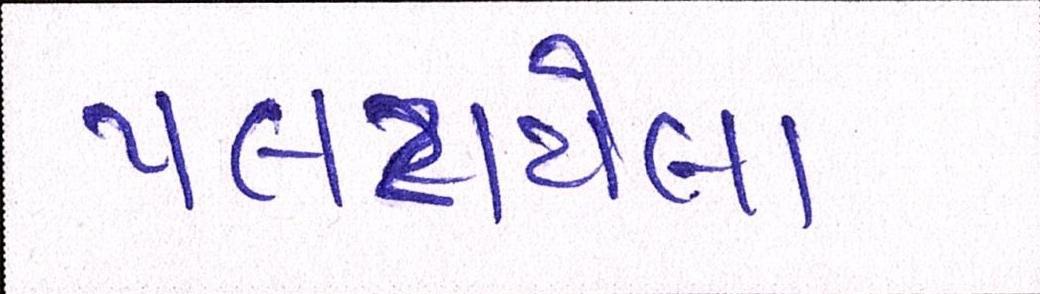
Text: પલટાયેલા